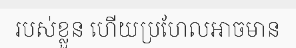
របស់ខ្លួន ហើយប្រហែលអាចមាន